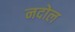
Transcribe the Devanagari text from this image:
नदोल